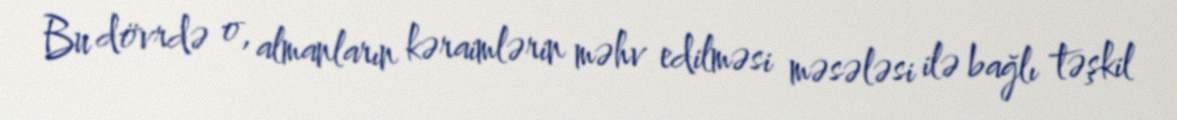
Bu dövrdə o, almanların kəraimlərin məhv edilməsi məsələsi ilə bağlı təşkil